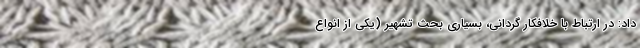
داد: در ارتباط با خلافکار گردانی، بسیاری بحث تشهیر (یکی از انواع